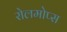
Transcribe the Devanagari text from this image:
रोलमोप्स